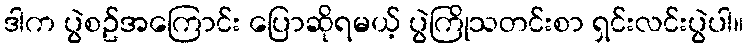
ဒါက ပွဲစဥ်အကြောင်း ပြောဆိုရမယ့် ပွဲကြိုသတင်းစာ ရှင်းလင်းပွဲပါ။